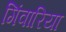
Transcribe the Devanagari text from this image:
गिंवारिया